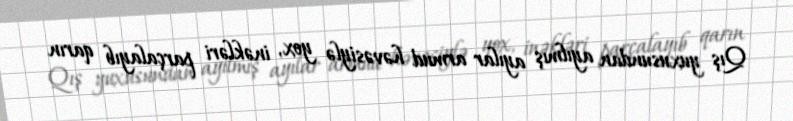
Qış yuxusundan ayılmış ayılar armud həvəsiylə yox, inəkləri parçalayıb qarın